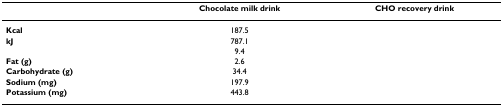
<table><thead><tr><td>[EMPTY_CELL]</td><td><b>Chocolate milk drink</b></td><td><b>CHO recovery drink</b></td></tr></thead><tbody><tr><td><b>Kcal</b></td><td>187.5</td><td>[EMPTY_CELL]</td></tr><tr><td><b>kJ</b></td><td>787.1</td><td>[EMPTY_CELL]</td></tr><tr><td>[EMPTY_CELL]</td><td>9.4</td><td>[EMPTY_CELL]</td></tr><tr><td><b>Fat (g)</b></td><td>2.6</td><td>[EMPTY_CELL]</td></tr><tr><td><b>Carbohydrate (g)</b></td><td>34.4</td><td>[EMPTY_CELL]</td></tr><tr><td><b>Sodium (mg)</b></td><td>197.9</td><td>[EMPTY_CELL]</td></tr><tr><td><b>Potassium (mg)</b></td><td>443.8</td><td>[EMPTY_CELL]</td></tr></tbody></table>